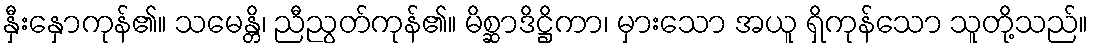
နှီးနှောကုန်၏။ သမေန္တိ၊ ညီညွတ်ကုန်၏။ မိစ္ဆာဒိဋ္ဌိကာ၊ မှားသော အယူ ရှိကုန်သော သူတို့သည်။